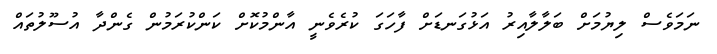
ނަމަވެސް ލިޔުމަށް ބަލާލާއިރު އަޅުގަނޑަށް ފާހަގަ ކުރެވެނީ އާންމުކޮށް ކަންކުރަމުން ގެންދާ އުސޫލުތައް